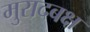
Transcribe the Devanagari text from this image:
मुरादबक्ष